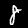
Label: 8